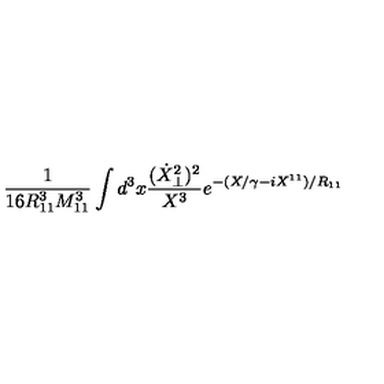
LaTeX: \frac { 1 } { 1 6 R _ { 1 1 } ^ { 3 } M _ { 1 1 } ^ { 3 } } \int d ^ { 3 } x \frac { ( \dot { X } _ { \perp } ^ { 2 } ) ^ { 2 } } { X ^ { 3 } } e ^ { - ( X / \gamma - i X ^ { 1 1 } ) / R _ { 1 1 } }